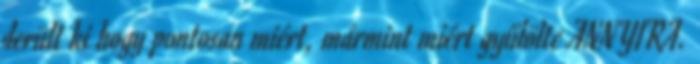
derült ki hogy pontosan miért, mármint miért gyűlölte ANNYIRA.